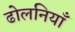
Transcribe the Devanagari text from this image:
ढोलनियाँ